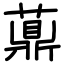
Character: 薡